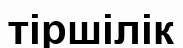
тіршілік